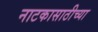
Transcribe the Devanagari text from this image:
नाटकासाठीच्या